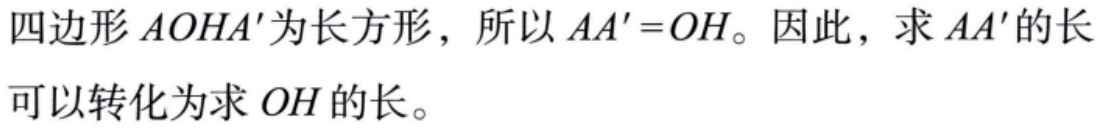
四边形\(AOHA'\)为长方形，所以\(AA' = OH\)。因此，求\(AA'\)的长可以转化为求\(OH\)的长。